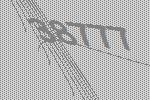
38777